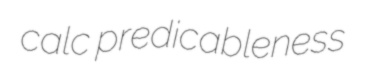
calc predicableness